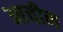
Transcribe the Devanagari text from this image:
आचीन